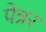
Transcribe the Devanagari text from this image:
पेन्नर